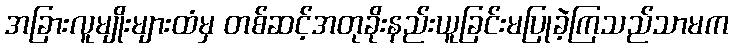
အခြားလူမျိုးများထံမှ တစ်ဆင့်အတုခိုးနည်းယူခြင်းမပြုခဲ့ကြသည်သာမက